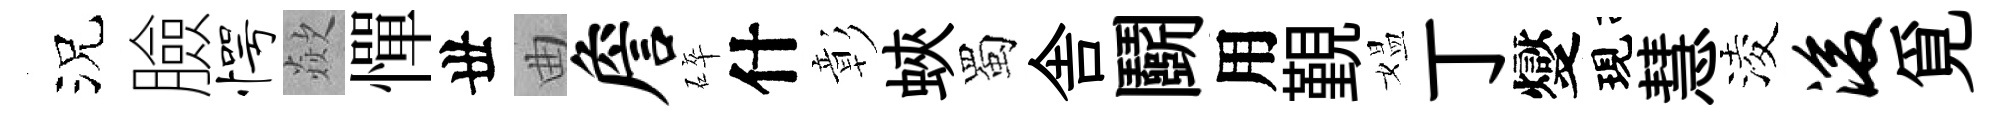
況臉愕歘憚丗曲詹碎什彰蛺蜀舎鬬用覲媪丁燮現慧淩浚覓